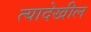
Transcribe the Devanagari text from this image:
त्यादेखील